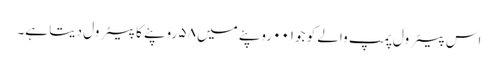
اس پیٹرول پمپ والے کو جو۰۰۱ روپئے میں ۵۸ روپئے کا پیٹرول دیتا ہے۔